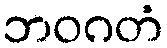
ဘဝဂတံ